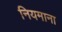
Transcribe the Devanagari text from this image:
नियमाना